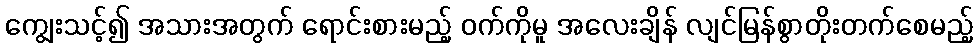
ကျွေးသင့်၍ အသားအတွက် ရောင်းစားမည့် ဝက်ကိုမူ အလေးချိန် လျင်မြန်စွာတိုးတက်စေမည့်